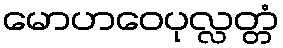
မောဟဝေပုလ္လတ္တံ